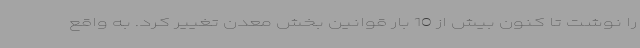
را نوشت تا کنون بیش از 10 بار قوانین بخش معدن تغییر کرد. به واقع